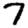
Digit: 7